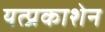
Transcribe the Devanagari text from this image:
यत्प्रकाशेन